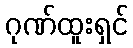
ဂုဏ်ထူးရှင်